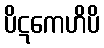
ပိဋကေဟိပိ